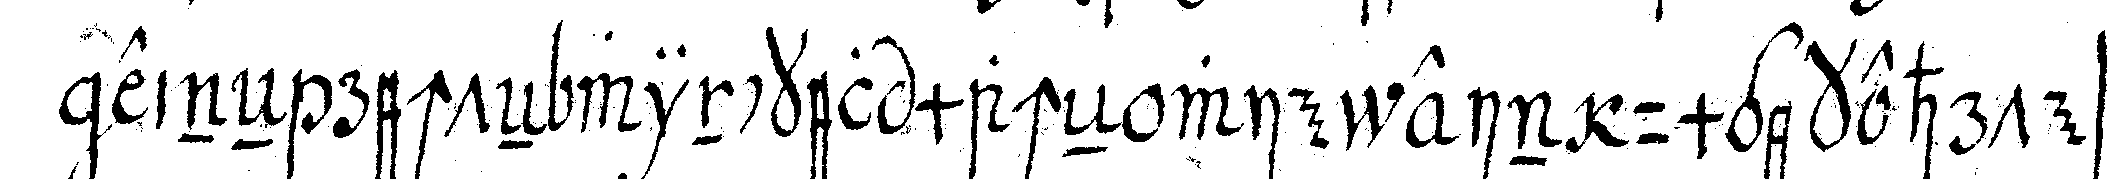
eineN rechteN winckel macheN wie ein umgekehrtes